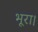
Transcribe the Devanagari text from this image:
भूरा।